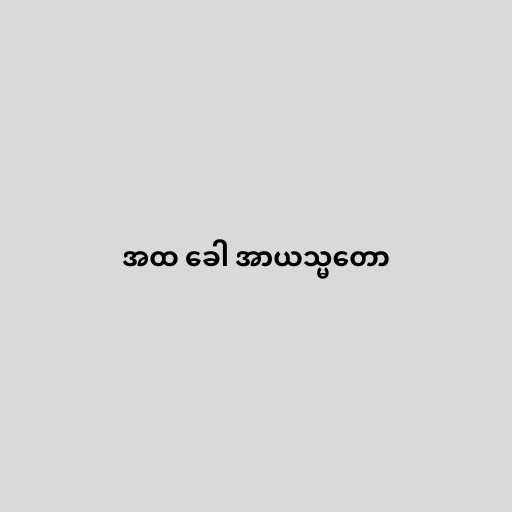
အထ ခေါ အာယသ္မတော